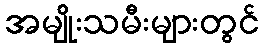
အမျိုးသမီးများတွင်